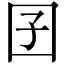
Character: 囝